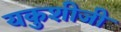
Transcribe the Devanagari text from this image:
यकुशीजी